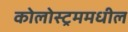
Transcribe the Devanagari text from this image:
कोलोस्ट्रममधील